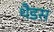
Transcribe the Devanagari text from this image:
थैडस